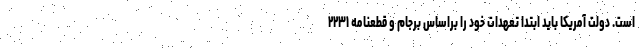
است. دولت آمریکا باید ابتدا تعهدات خود را براساس برجام و قطعنامه ۲۲۳۱